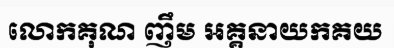
លោកគុណ ញឹម អគ្គនាយកគយ